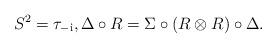
LaTeX: \begin{align*} S^2= \tau_{-\mathrm i},\Delta \circ R=\Sigma \circ (R\otimes R)\circ \Delta.\end{align*}